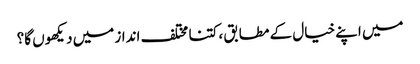
میں اپنے خیال کے مطابق ، کتنا مختلف انداز میں دیکھوں گا؟